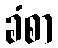
ခံစာ